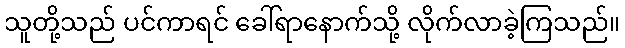
သူတို့သည် ပင်ကာရင် ခေါ်ရာနောက်သို့ လိုက်လာခဲ့ကြသည်။